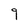
Character: 9